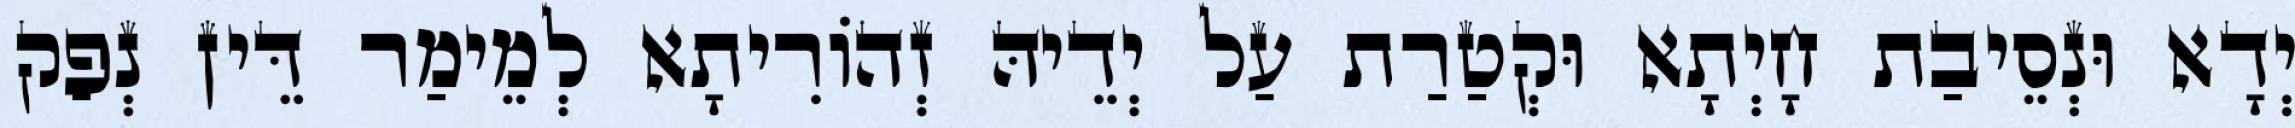
יְדָא וּנְסֵיבַת חָיְתָא וּקְטַרַת עַל יְדֵיהּ זְהוֹרִיתָא לְמֵימַר דֵּין נְפַק